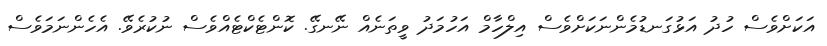
އަކަށްވެސް ހުދު އަޅުގަނޑުމެންނަކަށްވެސް އިލްހާމް އަހުމަދު ވީތަނެއް ނޭނގޭ. ކޮންޓެކްޓެއްވެސް ނުކުރެވޭ. އެހެންނަމަވެސް